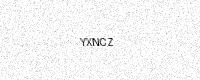
Text: YXNCZ